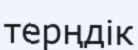
терңдік